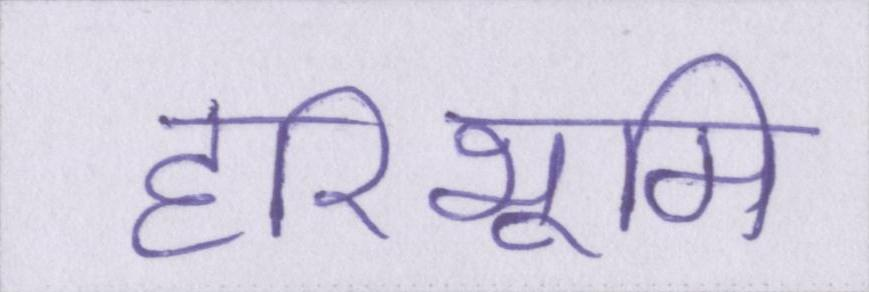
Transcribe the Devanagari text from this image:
हरिभूमि